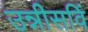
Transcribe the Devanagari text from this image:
उन्नीसविं